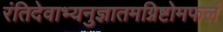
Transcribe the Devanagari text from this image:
रंतिदेवाभ्यनुज्ञातमग्निष्टोमफलं